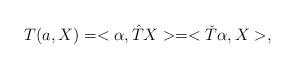
LaTeX: \begin{align*}T(a, X) = <\alpha, {\hat T}X > = <{\check T}\alpha, X>,\end{align*}